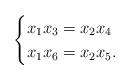
LaTeX: \begin{align*}\begin{cases}x_1x_{3}=x_2x_4 \\x_1x_6=x_2x_5.\end{cases}\end{align*}